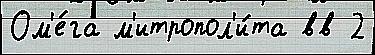
Ом'е́га м'итропол'и́та вв 2